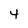
Character: 4